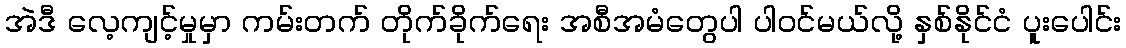
အဲဒီ လေ့ကျင့်မှုမှာ ကမ်းတက် တိုက်ခိုက်ရေး အစီအမံတွေပါ ပါဝင်မယ်လို့ နှစ်နိုင်ငံ ပူးပေါင်း